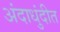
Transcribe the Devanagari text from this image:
अंदाधुंदीत